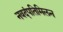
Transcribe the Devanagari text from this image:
नवदंपतिमिलन